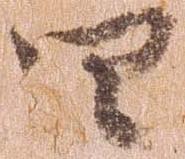
四